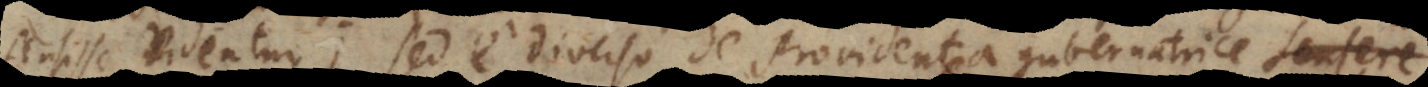
ensisse videntur; sed e diverso de providentia gubernatrice